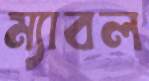
ম্যাবল